Leaving Certificate Examination, 1921
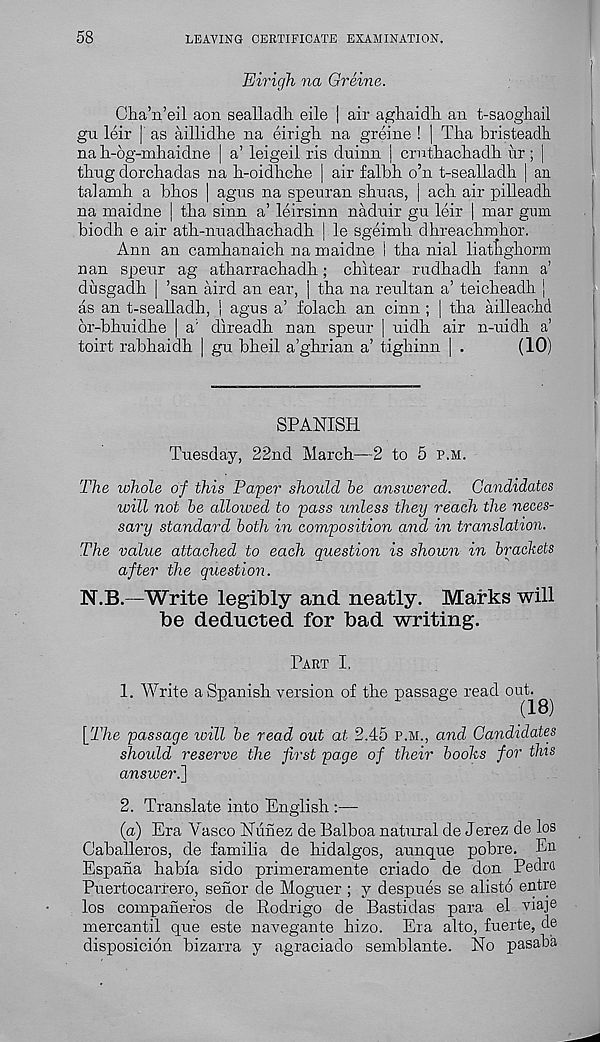
58
LEAVING CERTIFICATE EXAMINATION.
Eirigh na Greine.
Cha’n’eil aon sealladk eile | air agliaidh an t-saogliail
gu leir |' as aillidhe na eirigk na greine ! | Tha bristeadh
na h-og-mhaidne | a’ leigeil ris duinn | crntbackadli nr ; |
tbng dorchadas na b-oidbche | air falbh o’n t-sealladh | an
talainh a bbos | agus na speuran sbnas, j acli air pilleadh
na maidne | tlia sinn a’ leirsinn nadnir gn leir | mar gum
biodh e air ath-nuadbacliadh ] le sgeimli dhreachmhor.
Ann an cambanaich na maidne I tba nial liatbgborm
nan spenr ag atbarracbadh; cbitear rudbadb fann a’
dusgadh | ’san aird an ear, j tha na reultan a’ teicbeadh |
as an t-sealladh, | agus a’ folacb an cinn ; | tba ailleaehd
6r-bbuidhe | a' direadb nan spenr | uidb air n-nidb a’
toirt rabhaidh | gu bbeil a’ghrian a’ tigbinn | .
(10)
SPANISH
Tuesday, 22nd March—2 to 5 p.m.
'The whole of this Paper should be answered. Candidates
will not be allowed to pass unless they reach the neces-
sary standard both in composition and in translation.
The value attached to each question is shown in brackets
after the question.
N.B.—Write legibly and neatly. Marks will
be deducted for bad writing.
Part I.
1. Write a Spanish version of the passage read oub^
\_The passage will be read out at 2.45 p.m., and Candidates
should reserve the first pa,ge of their boohs for this
answer.]
2. Translate into English —•
(a) Era Vasco Nunez de Balboa natural de Jerez de los
Caballeros, de familia de hidalgos, aunque pobre. En
Espana habia sido primeramente criado de don Pedro
Puertocarrero, senor de Moguer ; y despues se alisto entre
los companefos de Rodrigo de Bastidas para el viaje
mercantil que este navegante hizo. Era alto, fuerte, de
disposicion bizarra y agraciado semblante. No pasaha